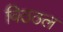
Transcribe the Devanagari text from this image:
विठठल